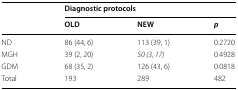
<table><thead><tr><td rowspan="2"></td><td colspan="3"><b>Diagnostic protocols</b></td></tr><tr><td><b>OLD</b></td><td><b>NEW</b></td><td><b><i>p</i></b></td></tr></thead><tbody><tr><td>ND</td><td>86 (44, 6)</td><td>113 (39, 1)</td><td>0.2720</td></tr><tr><td>MGH</td><td>39 (2, 20)</td><td><i>50 (3, 17)</i></td><td>0.4928</td></tr><tr><td>GDM</td><td>68 (35, 2)</td><td>126 (43, 6)</td><td>0.0818</td></tr><tr><td>Total</td><td>193</td><td>289</td><td>482</td></tr></tbody></table>